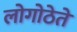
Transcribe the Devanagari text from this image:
लोगोठेते